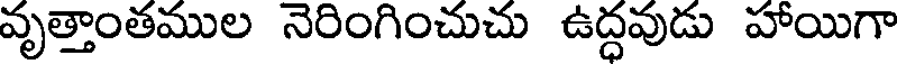
వృత్తాంతముల నెరింగించుచు ఉద్ధవుడు హాయిగా